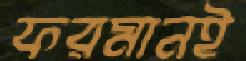
ফরমানই